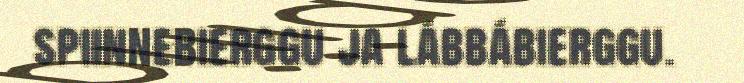
spiinnebierggu ja lábbábierggu.